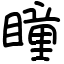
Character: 瞳